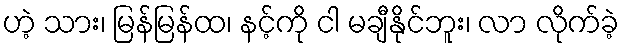
ဟဲ့ သား၊ မြန်မြန်ထ၊ နင့်ကို ငါ မချီနိုင်ဘူး၊ လာ လိုက်ခဲ့